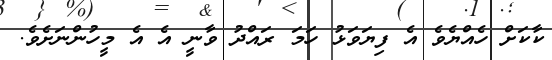
ކާކަށް ހެއްޔެވެ އެ ފިޔަވަޅު ހަމަ ރައްދު ވާނީ އެ އެ މީހުންނަށެވެ.